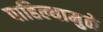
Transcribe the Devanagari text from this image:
पाहिल्यामुळे